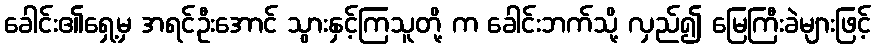
ခေါင်း၏ရှေ့မှ အရင်ဦးအောင် သွားနှင့်ကြသူတို့ က ခေါင်းဘက်သို့ လှည်၍ မြေကြီးခဲများဖြင့်